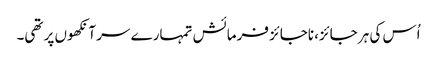
اُس کی ہر جائز، ناجائز فرمائش تمہارے سر آنکھوں پر تھی۔